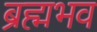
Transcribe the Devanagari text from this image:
ब्रह्मभव